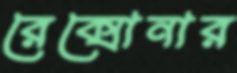
রেক্সোনার